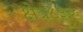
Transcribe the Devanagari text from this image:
क्षेत्र८३०